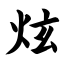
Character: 炫